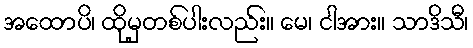
အထောပိ၊ ထိုမှတစ်ပါးလည်း။ မေ၊ ငါအား။ သာဒိသီ၊